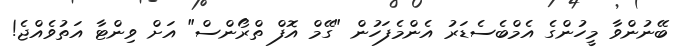
ބޭނުންވާ މީހުންގެ އެމްބެސެޑަރު އެންމެފަހުން "ގޭމް އޮފް ތްރޯންސް" އަށް ވިންޓާ އަތުވެއްޖެ!